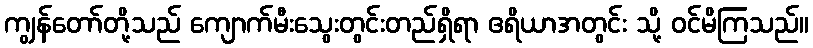
ကျွန်တော်တို့သည် ကျောက်မီးသွေးတွင်းတည်ရှိရာ ဧရိယာအတွင်း သို့ ဝင်မိကြသည်။